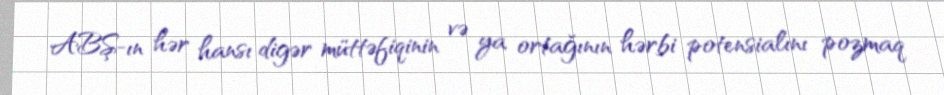
ABŞ-ın hər hansı digər müttəfiqinin və ya ortağının hərbi potensialını pozmaq